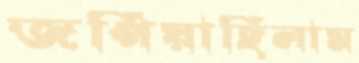
জপিয়াছিলাম